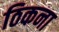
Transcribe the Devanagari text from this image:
ठिकना